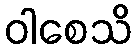
ဝါစေသိ